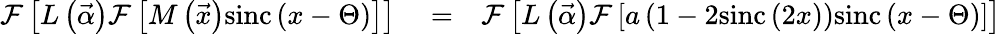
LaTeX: \begin{array}{rlr}{\mathcal{F}\left[L\left(\vec{\alpha}\right)\mathcal{F}\left[M\left(\vec{x}\right)\mathrm{sinc}\left(x-\Theta\right)\right]\right]}&{{}=}&{\mathcal{F}\left[L\left(\vec{\alpha}\right)\mathcal{F}\left[a\left(1-2\mathrm{sinc}\left(2x\right)\right)\mathrm{sinc}\left(x-\Theta\right)\right]\right]}\end{array}